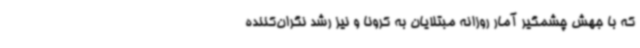
که با جهش چشمگیر آمار روزانه مبتلایان به کرونا و نیز رشد نگران‌کننده